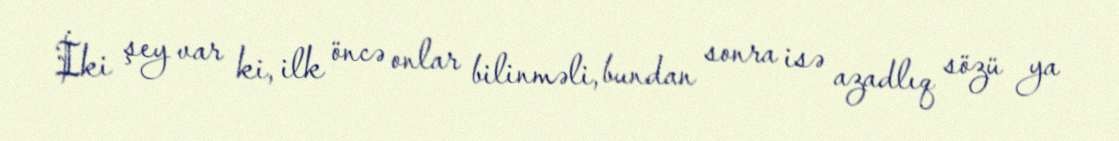
İki şey var ki, ilk öncə onlar bilinməli, bundan sonra isə azadlıq sözü ya